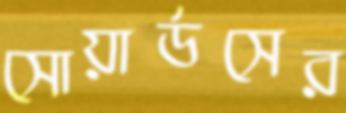
সোয়ার্ডসের